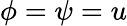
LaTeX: \phi=\psi=u